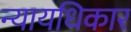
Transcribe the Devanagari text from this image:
न्यायधिकार